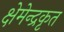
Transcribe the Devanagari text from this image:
क्षेमेन्द्रकृत